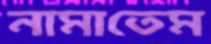
নামাতেম